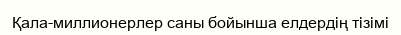
Қала-миллионерлер саны бойынша елдердің тізімі